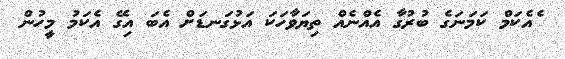
ެއެކަމް ކަމަނަގެ ބުރުގާ އެއްނެއް ތިޔަވާހަކަ އަޅުގަނޑަށް އެބަ އިގޭ އެކަމު މީހުން